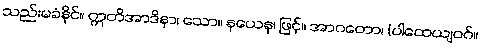
သည်းမခံနိုင်။ ဣတိအာဒိနာ၊ သော။ နယေန၊ ဖြင့်။ အာဂတော၊ (ပါထေယျဝဂ်။